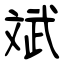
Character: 斌